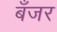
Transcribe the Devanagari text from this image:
बँजर